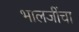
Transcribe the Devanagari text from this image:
भालजींचा